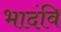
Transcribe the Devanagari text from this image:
भादंवि